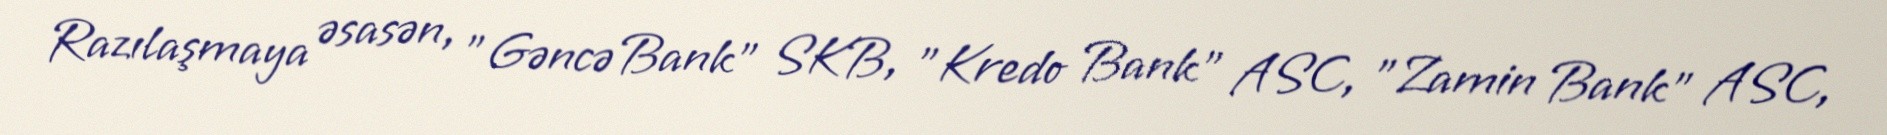
Razılaşmaya əsasən, "Gəncə Bank" SKB, "Kredo Bank" ASC, "Zamin Bank" ASC,